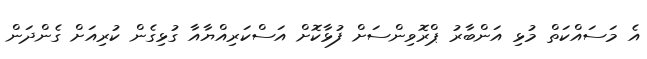
އެ މަސައްކަތް މުޅި އަންބާރު ޕްރޮވިންސަށް ފުޅާކޮށް އަސްކަރިއްޔާއާ ގުޅިގެން ކުރިއަށް ގެންދަން